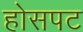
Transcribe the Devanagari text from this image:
होसपट